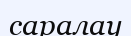
саралау